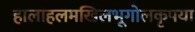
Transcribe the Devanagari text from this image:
हालाहलमखिलभूगोलकृपया